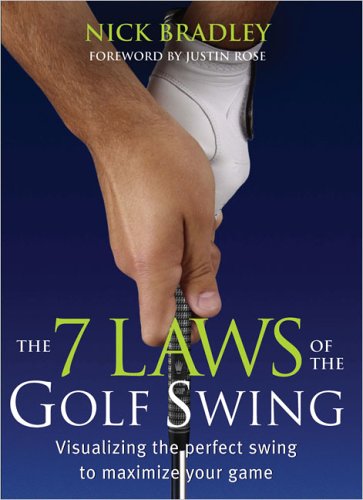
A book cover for The 7 Laws of the Golf Swing; Nick Bradley; Sports & Outdoors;